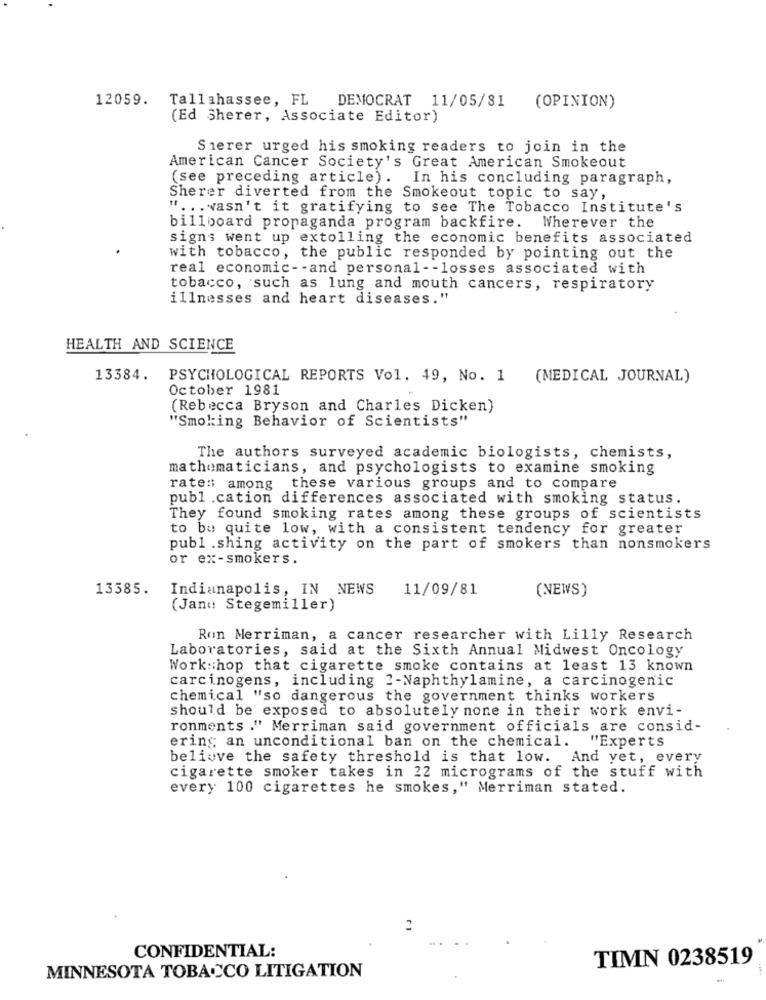
12059. Tallahassee, FL DEMOCRAT 11/05/81
(OPINION)
(Ed Sherer, Associate Editor)
Sherer urged his smoking readers to join in the
American Cancer Society's Great American Smokeout
(see preceding article). In his concluding paragraph,
Sherer diverted from the Smokeout topic to say,
" ... wasn't it gratifying to see The Tobacco Institute's
billboard propaganda program backfire.
Wherever the
signs went up extolling the economic benefits associated
with tobacco, the public responded by pointing out the
real economic -- and personal -- losses associated with
tobacco, such as lung and mouth cancers, respiratory
illnesses and heart diseases."
HEALTH AND SCIENCE
13384. PSYCHOLOGICAL REPORTS Vol. 49, No. 1
(MEDICAL JOURNAL)
October 1981
(Rebecca Bryson and Charles Dicken)
"Smoking Behavior of Scientists"
The authors surveyed academic biologists, chemists,
mathematicians, and psychologists to examine smoking
rates among these various groups and to compare
publ .cation differences associated with smoking status.
They found smoking rates among these groups of scientists
to be quite low, with a consistent tendency for greater
publ .shing activity on the part of smokers than nonsmokers
or ex-smokers.
13385.
Indianapolis, IN NEWS
11/09/81
(NEWS)
(Jan": Stegemiller)
Ron Merriman, a cancer researcher with Lilly Research
Laboratories, said at the Sixth Annual Midwest Oncology
Work:hop that cigarette smoke contains at least 13 known
carcinogens, including 2-Naphthylamine, a carcinogenic
chemical "so dangerous the government thinks workers
should be exposed to absolutely none in their work envi-
ronments ." Merriman said government officials are consid-
ering an unconditional ban on the chemical.
"Experts
believe the safety threshold is that low. And yet, every
cigarette smoker takes in 22 micrograms of the stuff with
every 100 cigarettes he smokes," Merriman stated.
CONFIDENTIAL:
TIMN 0238519
MINNESOTA TOBACCO LITIGATION